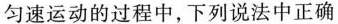
匀速运动的过程中，下列说法中正确